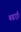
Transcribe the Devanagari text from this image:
बढ़ाईं।